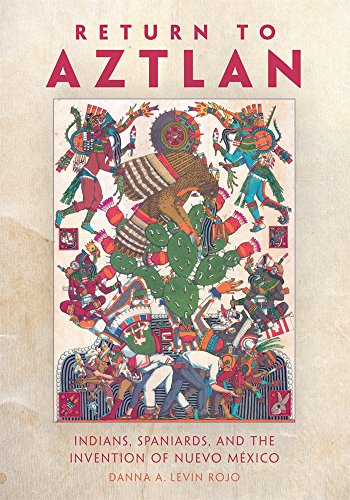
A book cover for Return to Aztlan: Indians, Spaniards, and the Invention of Nuevo MÃ©xico (Latin American and Caribbean Arts and Culture); Danna A. Levin Rojo Ph.D.; History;